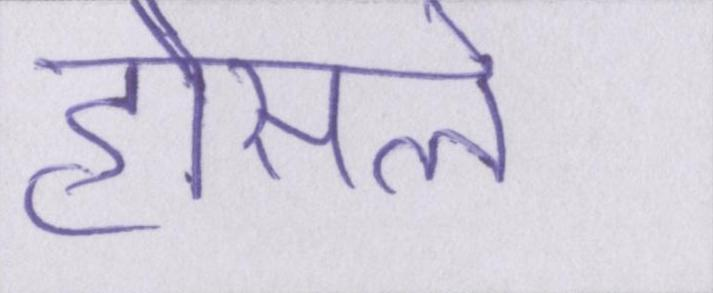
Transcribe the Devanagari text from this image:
हौसले